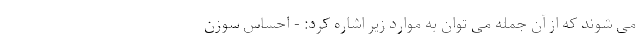
می شوند که از آن جمله می توان به موارد زیر اشاره کرد: - احساس سوزن